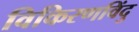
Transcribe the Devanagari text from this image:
विकिरणविंदु